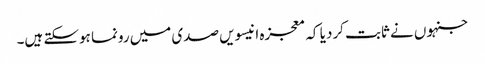
جنہوں نے ثابت کردیا کہ معجزہ انیسویں صدی میں رونما ہوسکتے ہیں۔